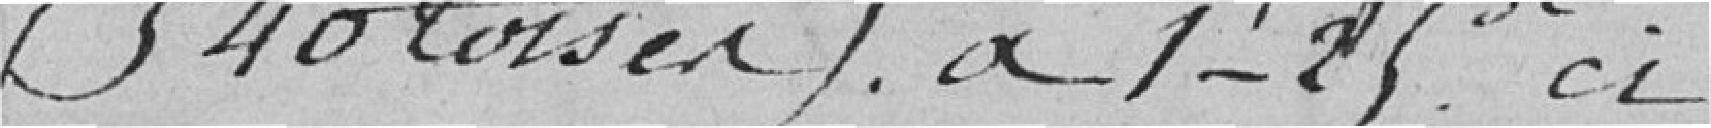
(540 toises) à 1fr 25 ct